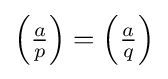
\left({\tfrac {a}{p}}\right)=\left({\tfrac {a}{q}}\right)